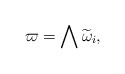
\begin{align*}\varpi =\bigwedge \widetilde{\omega}_i ,\end{align*}